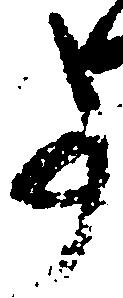
事